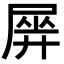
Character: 𡲱